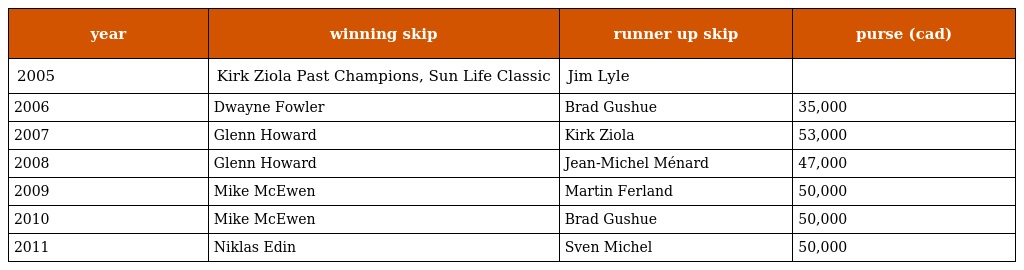
| year | winning skip | runner up skip | purse (cad) |
 | --- | --- | --- | --- |
 | 2005 | Kirk Ziola Past Champions, Sun Life Classic | Jim Lyle |  |
 | 2006 | Dwayne Fowler | Brad Gushue | 35,000 |
 | 2007 | Glenn Howard | Kirk Ziola | 53,000 |
 | 2008 | Glenn Howard | Jean-Michel Ménard | 47,000 |
 | 2009 | Mike McEwen | Martin Ferland | 50,000 |
 | 2010 | Mike McEwen | Brad Gushue | 50,000 |
 | 2011 | Niklas Edin | Sven Michel | 50,000 |